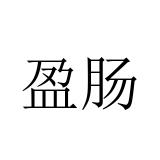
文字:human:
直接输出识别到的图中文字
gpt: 盈肠